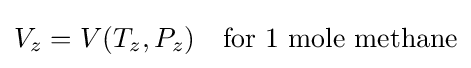
V_{z}=V(T_{z},P_{z})\quad {\text{for 1 mole methane}}